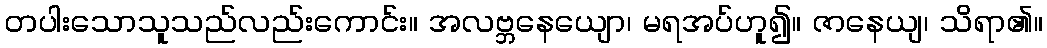
တပါးသောသူသည်လည်းကောင်း။ အလဗ္ဘနေယျော၊ မရအပ်ဟူ၍။ ဇာနေယျ၊ သိရာ၏။